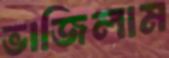
ভাজিলাম